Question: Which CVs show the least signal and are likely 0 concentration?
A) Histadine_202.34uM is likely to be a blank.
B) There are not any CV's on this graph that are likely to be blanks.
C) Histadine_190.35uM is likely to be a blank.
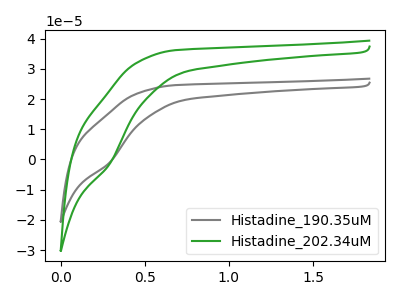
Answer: <think>The gray curve "Histadine_190.35uM" has a cathodic peak at: (0.30V, -1.00uA). The green curve "Histadine_202.34uM" has a cathodic peak at: (0.30V, -1.45uA).</think>
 <answer>B) There are not any CV's on this graph that are likely to be blanks.</answer>
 <eval>B</eval>